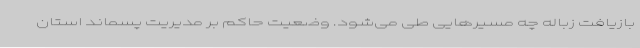
بازیافت زباله چه مسیرهایی طی می‌شود. وضعیت حاکم بر مدیریت پسماند استان